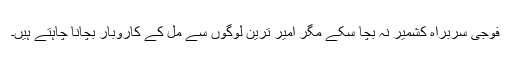
فوجی سربراہ کشمیر نہ بچا سکے مگر امیر ترین لوگوں سے مل کے کاروبار بچانا چاہتے ہیں۔